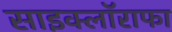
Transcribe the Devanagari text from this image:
साइक्लॉराफा